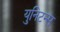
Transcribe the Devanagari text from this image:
युनिटन्स